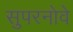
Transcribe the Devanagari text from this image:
सुपरनोवे